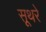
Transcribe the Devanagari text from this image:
सूथरे